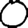
Digit: 0